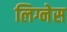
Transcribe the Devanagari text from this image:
लिग्नेस